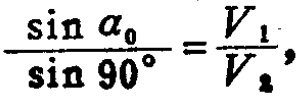
\(\frac{\sin \alpha_{0}}{\sin 90^{\circ}}=\frac{V_{1}}{V_{2}},\)